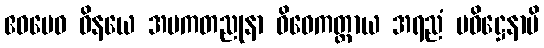
ဧဝမေဝ ဝိနယေ အပကတညုနာ ဝိဝေကတ္ထာယ အရညံ ပဝိဋ္ဌေနာပိ